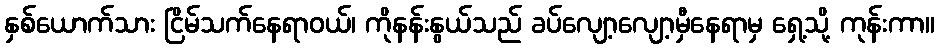
နှစ်ယောက်သား ငြိမ်သက်နေရာဝယ်၊ ကိုနန်းနွယ်သည် ခပ်လျော့လျော့မှီနေရာမှ ရှေ့သို့ ကုန်းကာ။